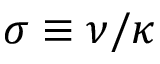
\sigma \equiv \nu / \kappa